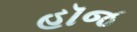
હૉજ